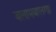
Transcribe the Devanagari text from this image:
बलामबालगह